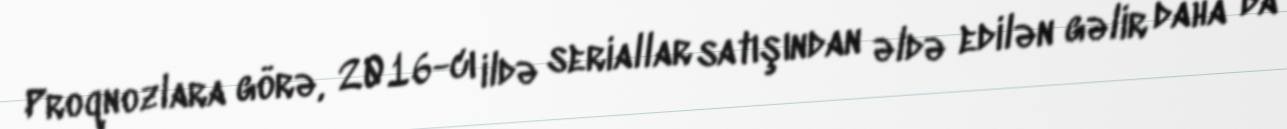
Proqnozlara görə, 2016-cı ildə seriallar satışından əldə edilən gəlir daha da